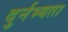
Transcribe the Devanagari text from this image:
दुर्नभ्यता